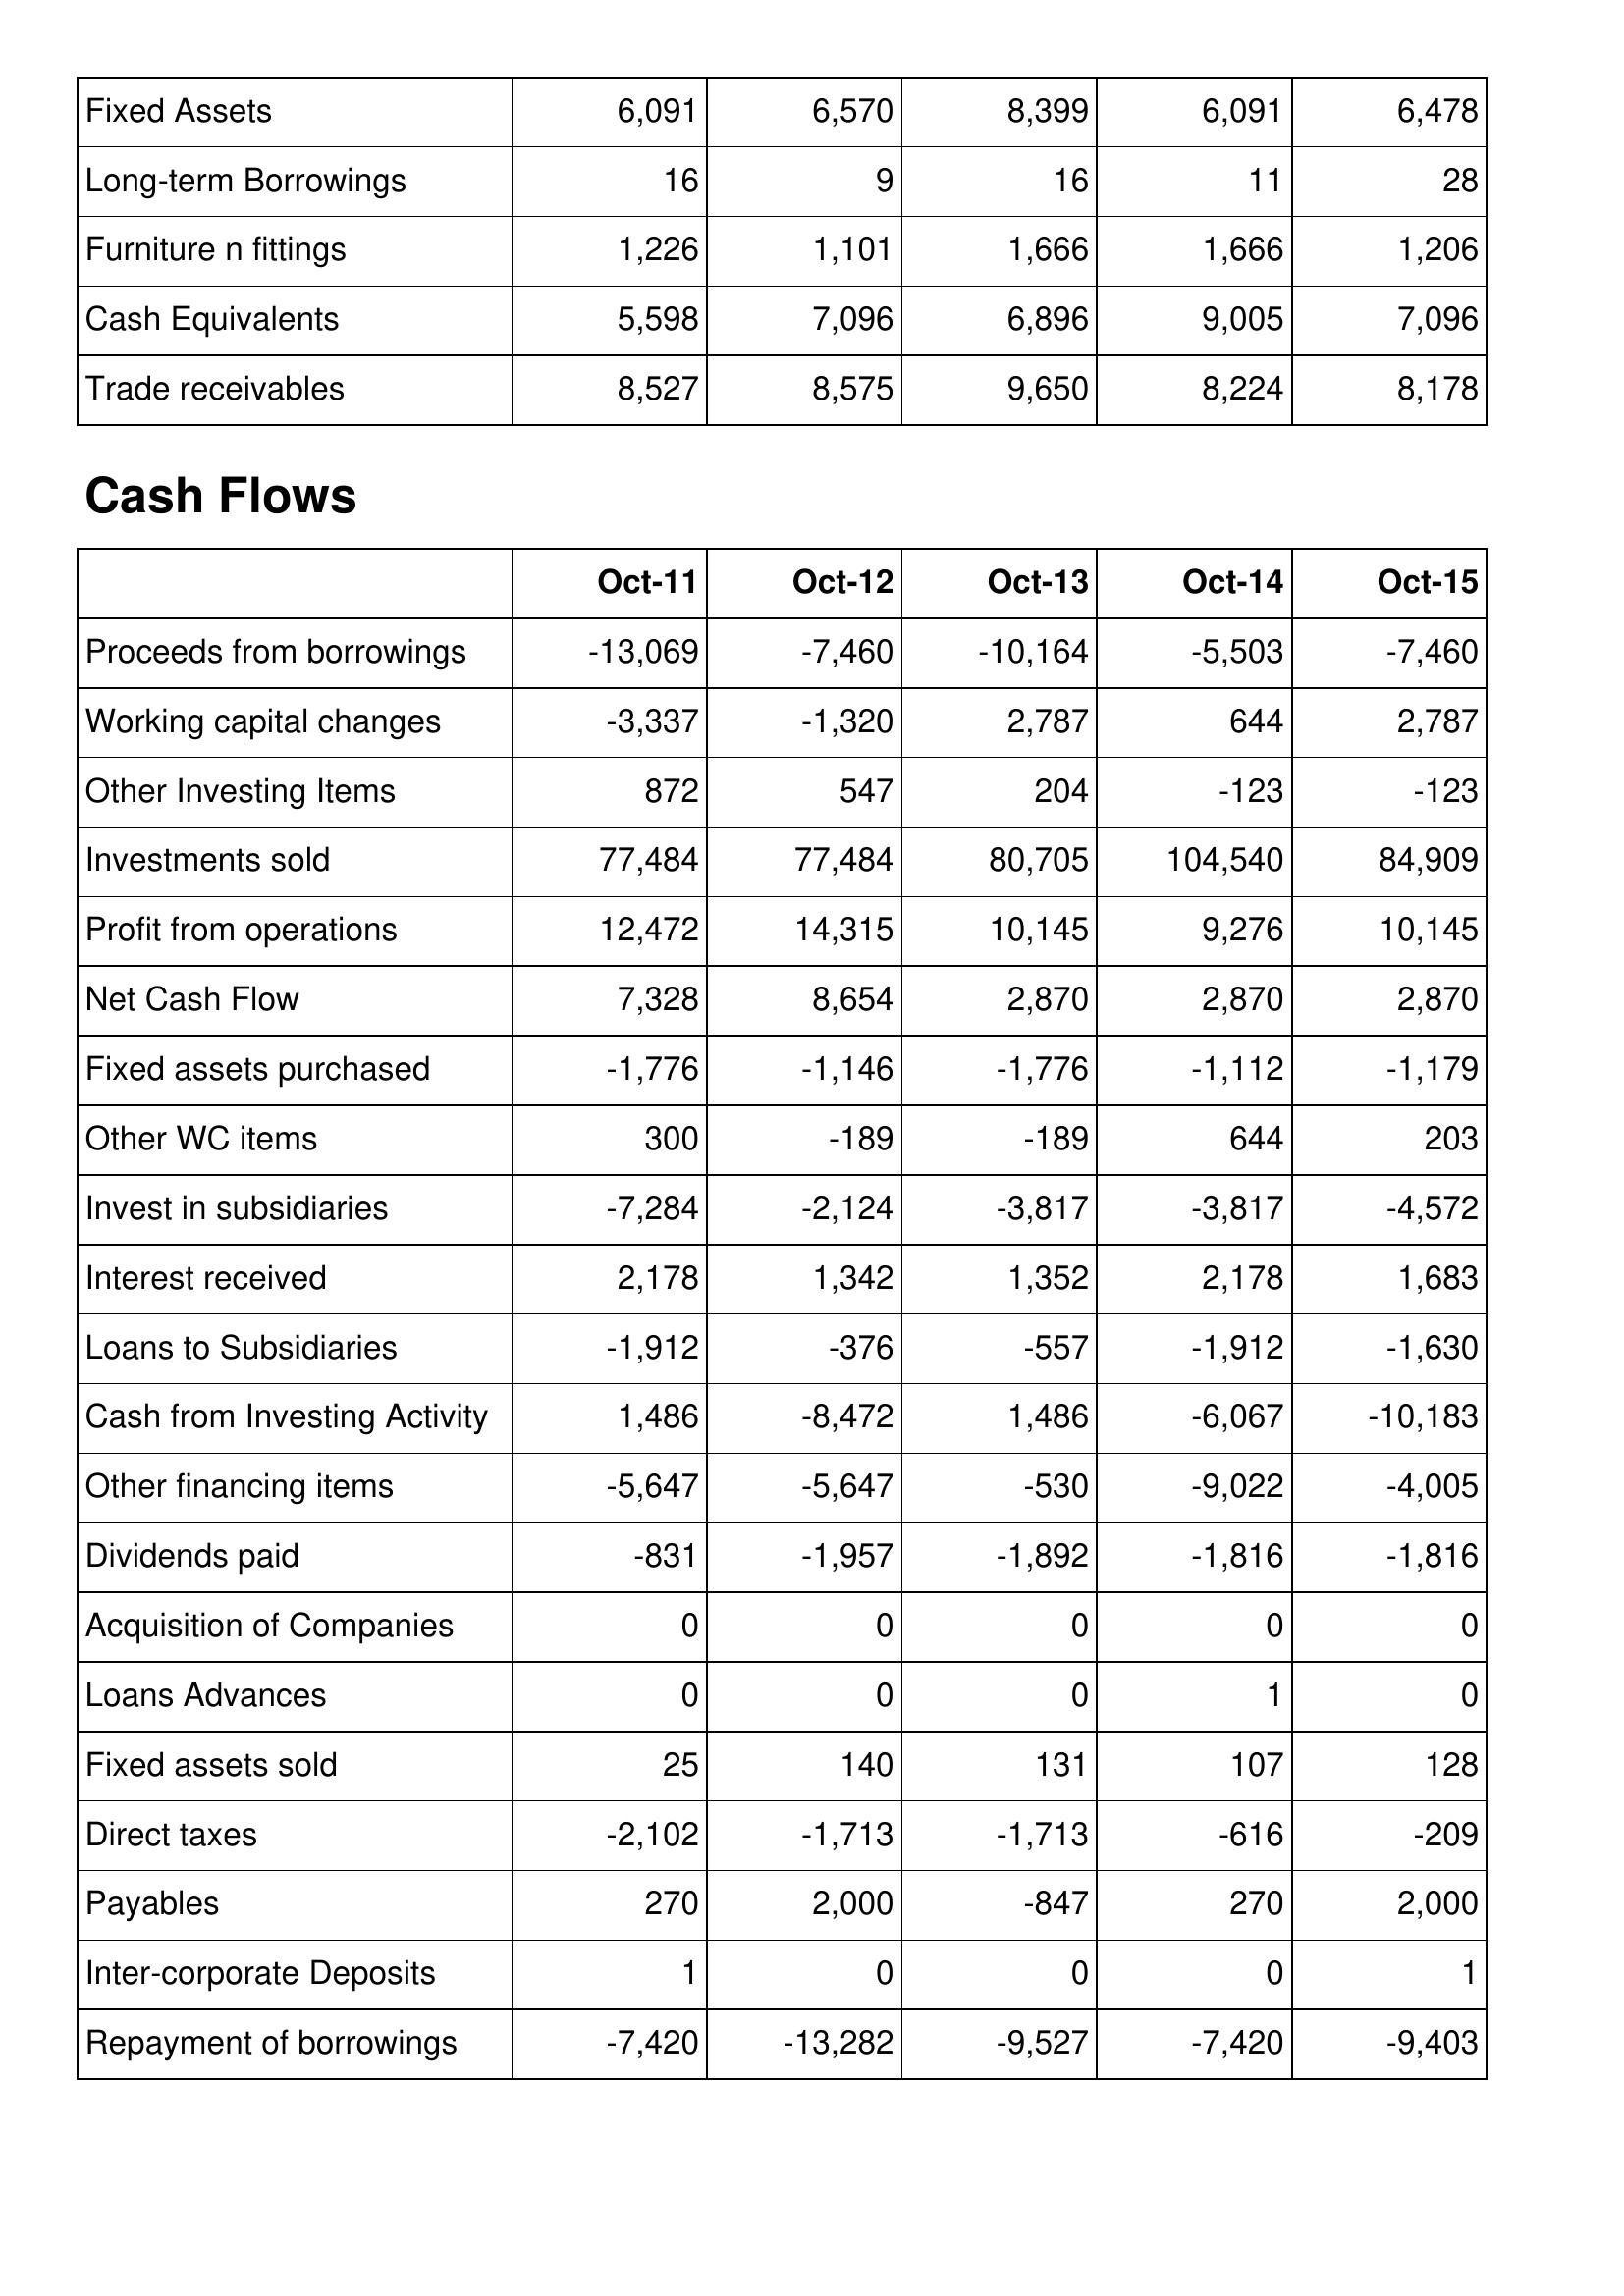
Oct-11: Balance Sheet: Fixed Assets: 6,091
Long-term Borrowings: 16
Furniture n fittings: 1,226
Cash Equivalents: 5,598
Trade receivables: 8,527
Cash Flows: Proceeds from borrowings: -13,069
Working capital changes: -3,337
Other Investing Items: 872
Investments sold: 77,484
Profit from operations: 12,472
Net Cash Flow: 7,328
Fixed assets purchased: -1,776
Other WC items: 300
Invest in subsidiaries: -7,284
Interest received: 2,178
Loans to Subsidiaries: -1,912
Cash from Investing Activity: 1,486
Other financing items: -5,647
Dividends paid: -831
Acquisition of Companies: 0
Loans Advances: 0
Fixed assets sold: 25
Direct taxes: -2,102
Payables: 270
Inter-corporate Deposits: 1
Repayment of borrowings: -7,420
Oct-12: Balance Sheet: Fixed Assets: 6,570
Long-term Borrowings: 9
Furniture n fittings: 1,101
Cash Equivalents: 7,096
Trade receivables: 8,575
Cash Flows: Proceeds from borrowings: -7,460
Working capital changes: -1,320
Other Investing Items: 547
Investments sold: 77,484
Profit from operations: 14,315
Net Cash Flow: 8,654
Fixed assets purchased: -1,146
Other WC items: -189
Invest in subsidiaries: -2,124
Interest received: 1,342
Loans to Subsidiaries: -376
Cash from Investing Activity: -8,472
Other financing items: -5,647
Dividends paid: -1,957
Acquisition of Companies: 0
Loans Advances: 0
Fixed assets sold: 140
Direct taxes: -1,713
Payables: 2,000
Inter-corporate Deposits: 0
Repayment of borrowings: -13,282
Oct-13: Balance Sheet: Fixed Assets: 8,399
Long-term Borrowings: 16
Furniture n fittings: 1,666
Cash Equivalents: 6,896
Trade receivables: 9,650
Cash Flows: Proceeds from borrowings: -10,164
Working capital changes: 2,787
Other Investing Items: 204
Investments sold: 80,705
Profit from operations: 10,145
Net Cash Flow: 2,870
Fixed assets purchased: -1,776
Other WC items: -189
Invest in subsidiaries: -3,817
Interest received: 1,352
Loans to Subsidiaries: -557
Cash from Investing Activity: 1,486
Other financing items: -530
Dividends paid: -1,892
Acquisition of Companies: 0
Loans Advances: 0
Fixed assets sold: 131
Direct taxes: -1,713
Payables: -847
Inter-corporate Deposits: 0
Repayment of borrowings: -9,527
Oct-14: Balance Sheet: Fixed Assets: 6,091
Long-term Borrowings: 11
Furniture n fittings: 1,666
Cash Equivalents: 9,005
Trade receivables: 8,224
Cash Flows: Proceeds from borrowings: -5,503
Working capital changes: 644
Other Investing Items: -123
Investments sold: 104,540
Profit from operations: 9,276
Net Cash Flow: 2,870
Fixed assets purchased: -1,112
Other WC items: 644
Invest in subsidiaries: -3,817
Interest received: 2,178
Loans to Subsidiaries: -1,912
Cash from Investing Activity: -6,067
Other financing items: -9,022
Dividends paid: -1,816
Acquisition of Companies: 0
Loans Advances: 1
Fixed assets sold: 107
Direct taxes: -616
Payables: 270
Inter-corporate Deposits: 0
Repayment of borrowings: -7,420
Oct-15: Balance Sheet: Fixed Assets: 6,478
Long-term Borrowings: 28
Furniture n fittings: 1,206
Cash Equivalents: 7,096
Trade receivables: 8,178
Cash Flows: Proceeds from borrowings: -7,460
Working capital changes: 2,787
Other Investing Items: -123
Investments sold: 84,909
Profit from operations: 10,145
Net Cash Flow: 2,870
Fixed assets purchased: -1,179
Other WC items: 203
Invest in subsidiaries: -4,572
Interest received: 1,683
Loans to Subsidiaries: -1,630
Cash from Investing Activity: -10,183
Other financing items: -4,005
Dividends paid: -1,816
Acquisition of Companies: 0
Loans Advances: 0
Fixed assets sold: 128
Direct taxes: -209
Payables: 2,000
Inter-corporate Deposits: 1
Repayment of borrowings: -9,403